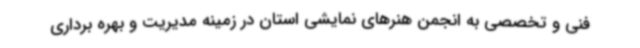
فنی و تخصصی به انجمن هنرهای نمایشی استان در زمینه مدیریت و بهره برداری